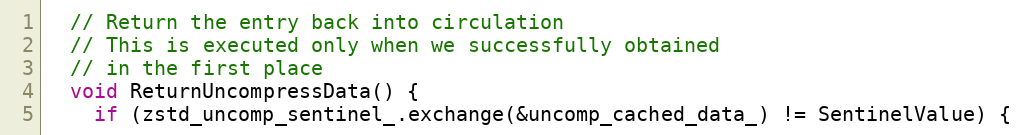
Language: C++
  // Return the entry back into circulation
  // This is executed only when we successfully obtained
  // in the first place
  void ReturnUncompressData() {
    if (zstd_uncomp_sentinel_.exchange(&uncomp_cached_data_) != SentinelValue) {